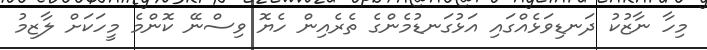
މިހާ ނާޒުކު ދަނޑިވަޅެއްގައި އަޅުގަނޑުމެންގެ ތެރެއިން ހެޔޮ ވިސްނޭ ކޮންމެ މީހަކަށް ލާޒިމު